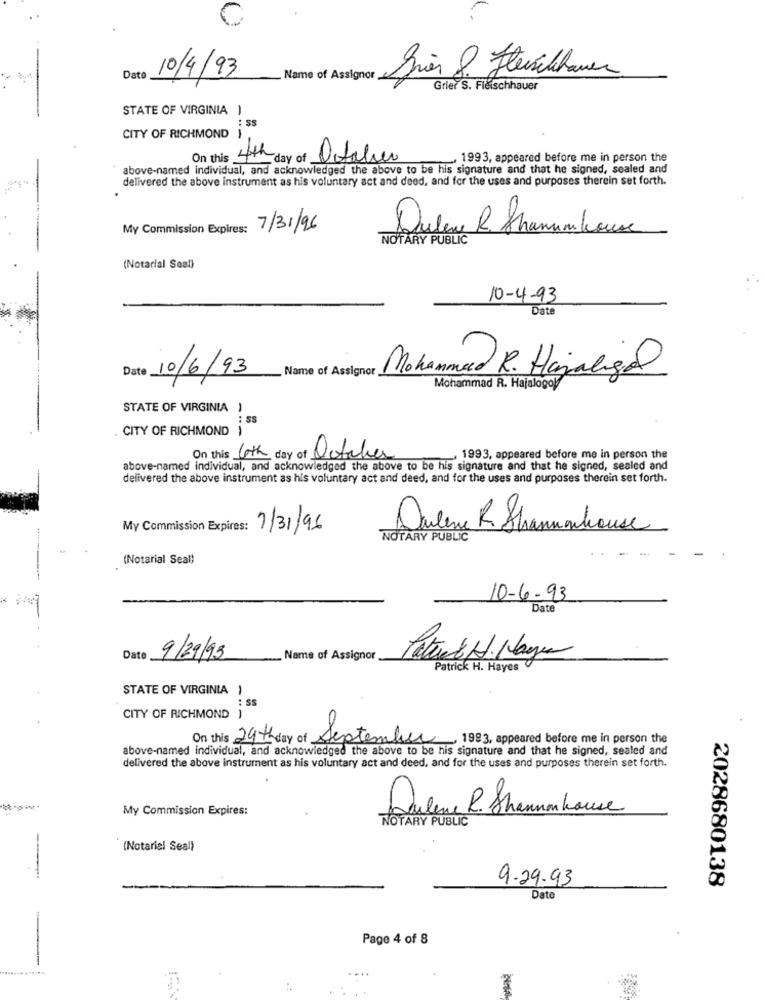
Date
10/4/93
Name of Assignor
gier 8. Heschauen
Grier S. Fleischhauer
STATE OF VIRGINIA 1
: SS
CITY OF RICHMOND
On this.
4th
day of October
. 1993, appeared before me in person the
above-named individual, and acknowledged the above to be his signature and that he signed, sealed and
delivered the above instrument as his voluntary act and deed, and for the uses and purposes therein set forth.
My Commission Expires:
7/31/96
Duben R. Shamamkouse
NOTARY PUBLIC
(Notarial Seal)
10-4-93
Date
Name of Assignor_
Date 10/6/93
Mohammed R. Hajaliga
Mohammad R. Hajalogoy
STATE OF VIRGINIA
CITY OF RICHMOND
On this loth day of October
1993, appeared before me in person the
above-named individual, and acknowledged the above to be his signature and that he signed, sealed and
delivered the above instrument as his voluntary act and deed, and for the uses and purposes therein set forth.
My Commission Expires:
7/31/96
Dulene R Shannonhouse
-
NOTARY PUBLIC
(Notarial Seal)
10-6-93
Date
Date
9/29/93
Name of Assignor
Patrick H. Hayes
STATE OF VIRGINIA
: SS
CITY OF RICHMOND )
On this
29th day of septe
1993, appeared before me in person the
above-named individual, and acknowledged the above to be his signature and that he signed, sealed and
delivered the above instrument as his voluntary act and deed, and for the uses and purposes therein set forth.
My Commission Expires:
Dulene R. Shannon house
NOTARY PUBLIC
--
{Notarial Seal)
-
9-29-93
2028680138
Date
Page 4 of 8
--